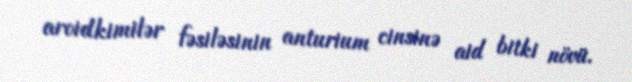
aroidkimilər fəsiləsinin anturium cinsinə aid bitki növü.